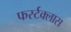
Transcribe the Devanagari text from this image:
फर्स्टक्लास